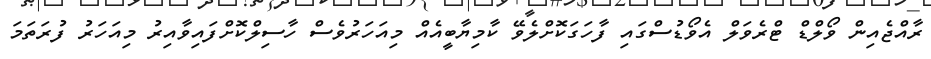
ރާއްޖެއިން ވޯލްޑް ޓްރެވަލް އެވޯޑުސްގައި ފާހަގަކޮށްލެވޭ ކާމިޔާބީއެއް މިއަހަރުވެސް ހާސިލްކޮށްފައިވާއިރު މިއަހަރު ފުރަތަމަ